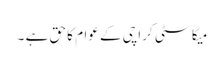
میگا سٹی کراچی کے عوام کا حق ہے ۔